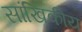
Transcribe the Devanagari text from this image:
सांखिकीय